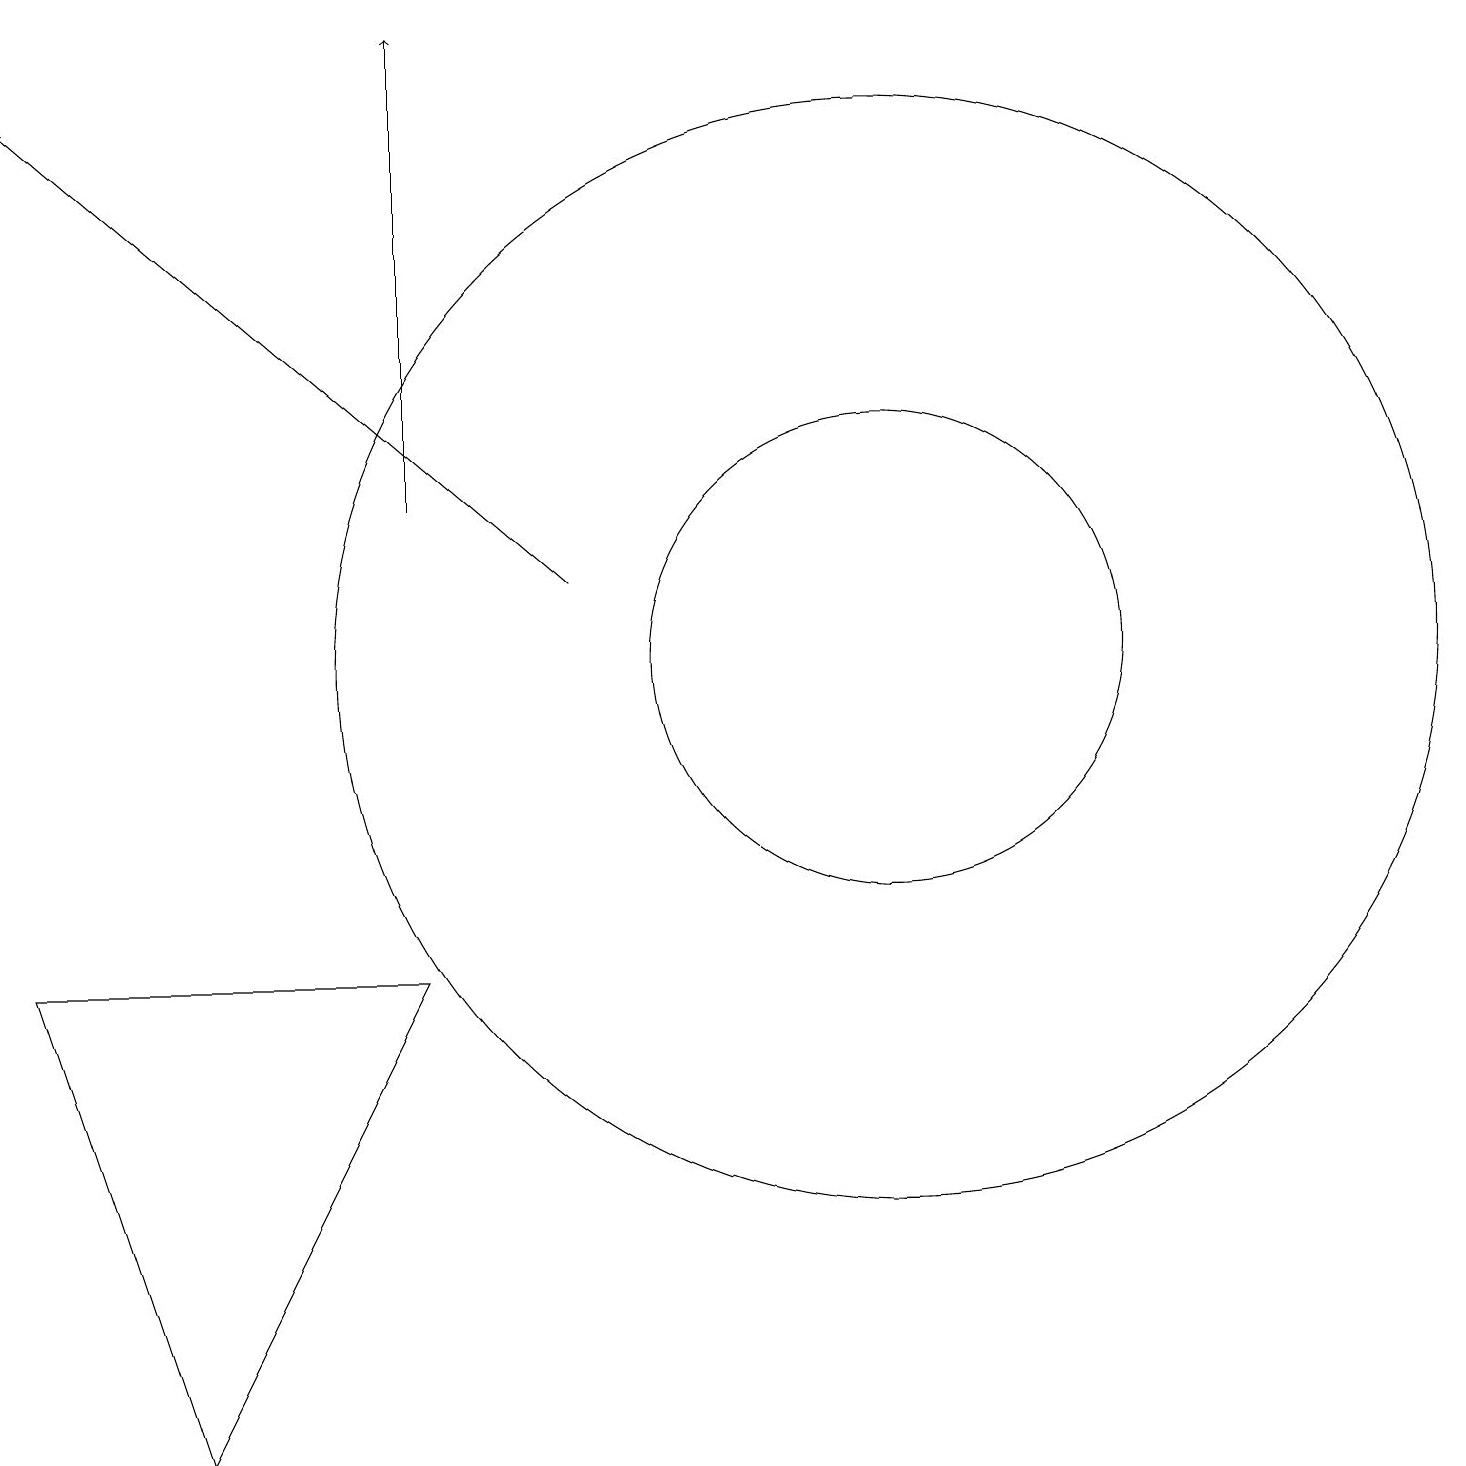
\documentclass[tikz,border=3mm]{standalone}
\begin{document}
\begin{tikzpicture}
\draw (1,7) -- (6,7) -- (3,1) -- cycle;
\draw[->] (8,12) -- (1,18);
\draw (12,11) circle (7);
\draw[->] (6,13) -- (6,19);
\draw (12,11) circle (3);
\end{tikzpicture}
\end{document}